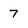
Character: 7